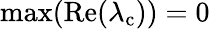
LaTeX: \mathrm{max}(\mathrm{Re}(\lambda_{\mathrm{c}}))=0